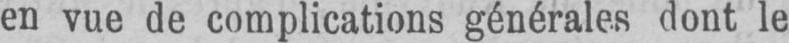
en vue de complications générales dont le